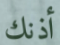
أذنك